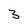
Character: 3